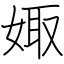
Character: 娵